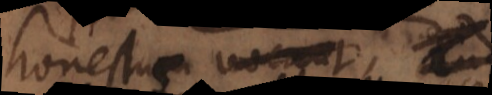
honestum vocant,